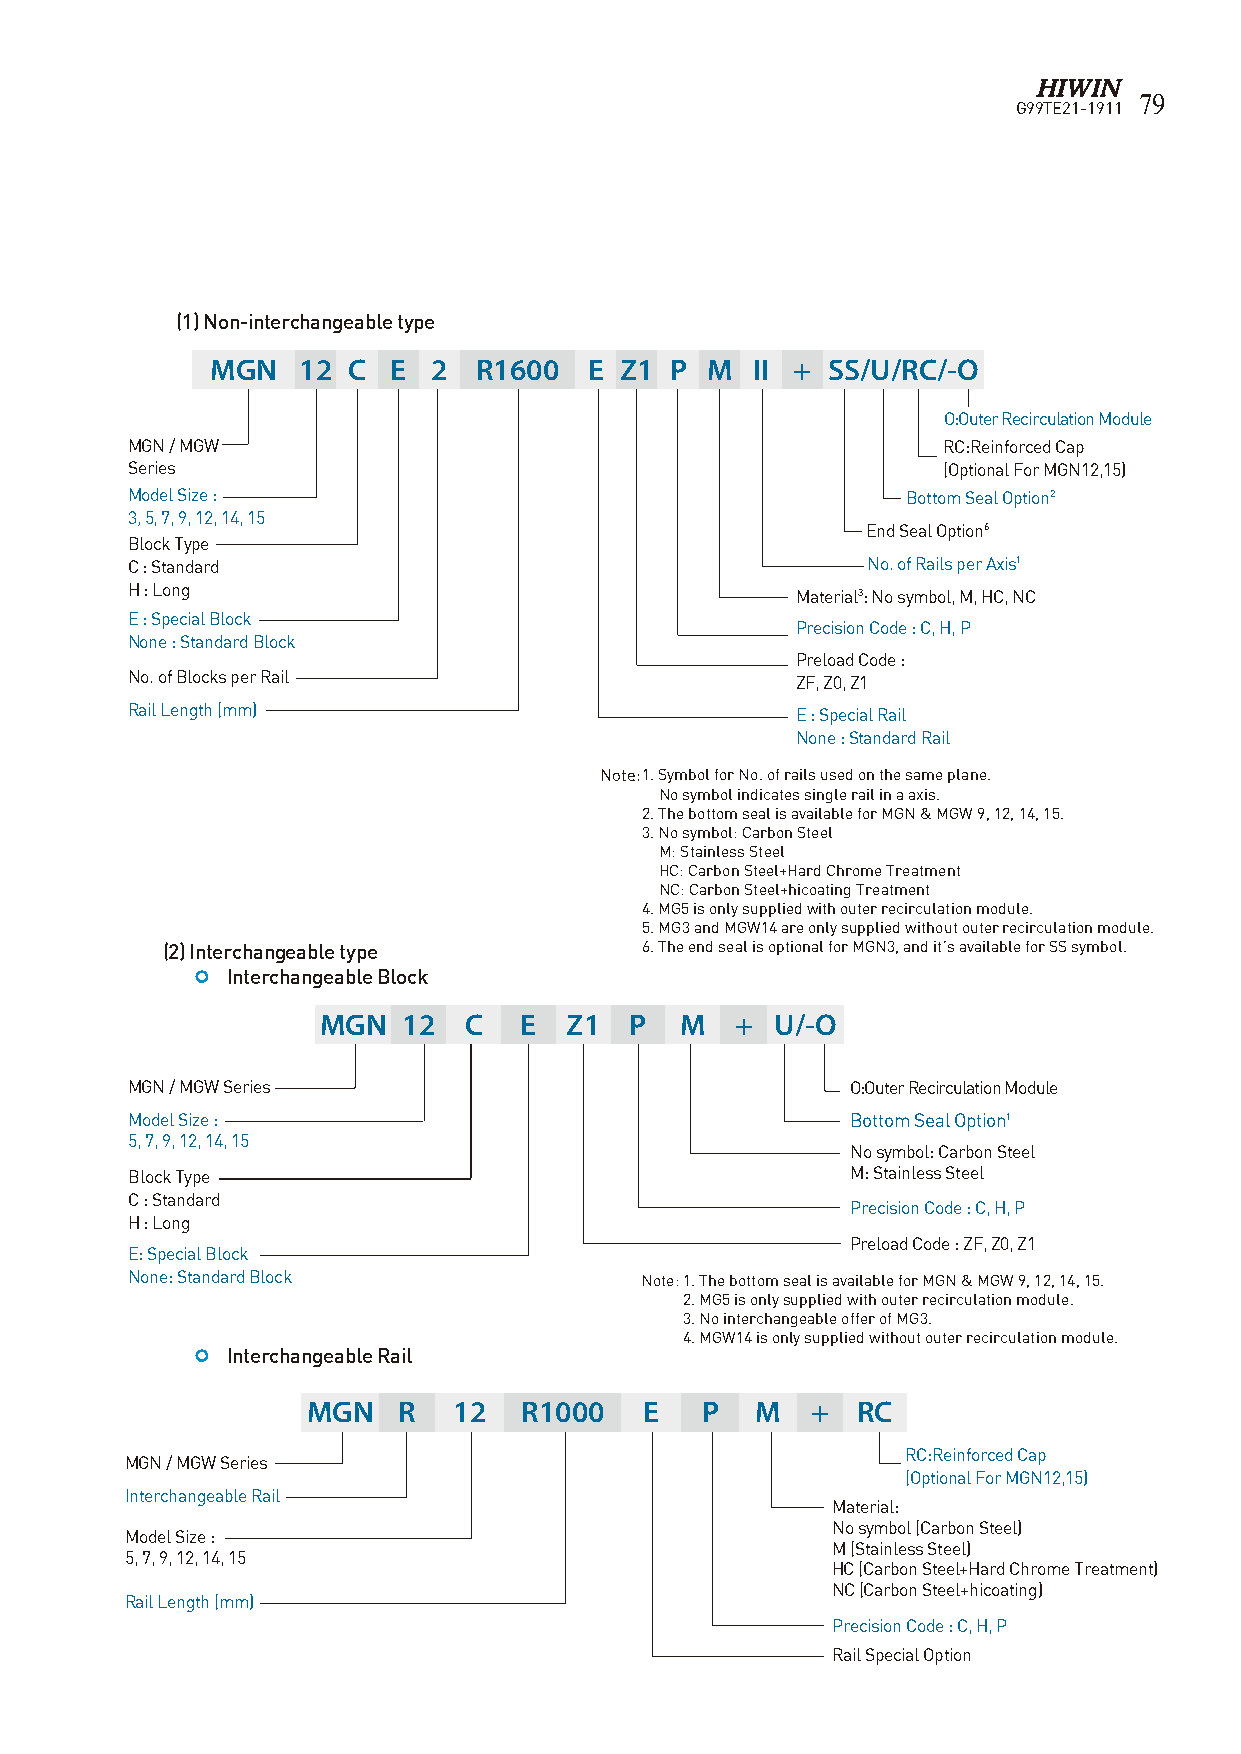
79
 G99TE21-1911
 (1) Non-interchangeable type
 MGN   12 C  E  2 R1600   E Z1 P  M  II + SS/U/RC/-O
 O:Outer Recirculation Module
 MGN / MGW                                             RC:Reinforced Cap
 Series                                                (Optional For MGN12,15)
 Model Size :                                        Bottom Seal Option2
 3, 5, 7, 9, 12, 14, 15
 End Seal Option6
 Block Type
 C : Standard                                     No. of Rails per Axis1
 H : Long                                     Material3: No symbol, M, HC, NC
 E : Special Block
 Precision Code : C, H, P
 None : Standard Block
 Preload Code :
 No. of Blocks per Rail                       ZF, Z0, Z1
 Rail Length (mm)                             E : Special Rail
 None : Standard Rail
 Note: 1. Symbol for No. of rails used on the same plane.
 No symbol indicates single rail in a axis.
 2. The bottom seal is available for MGN & MGW 9, 12, 14, 15.
 3. No symbol: Carbon Steel
 M: Stainless Steel
 HC: Carbon Steel+Hard Chrome Treatment
 NC: Carbon Steel+hicoating Treatment
 4. MG5 is only supplied with outer recirculation module.
 5. MG3 and MGW14 are only supplied without outer recirculation module.
 (2) Interchangeable type       6. The end seal is optional for MGN3, and it’s available for SS symbol.
  Interchangeable Block
 MGN   12  C  E  Z1   P  M   + U/-O
 MGN / MGW Series                                O:Outer Recirculation Module
 Model Size :                                    Bottom Seal Option1
 5, 7, 9, 12, 14, 15
 No symbol: Carbon Steel
 Block Type                                      M: Stainless Steel
 C : Standard
 Precision Code : C, H, P
 H : Long
 Preload Code : ZF, Z0, Z1
 E: Special Block
 None: Standard Block              Note: 1. The bottom seal is available for MGN & MGW 9, 12, 14, 15.
 2. MG5 is only supplied with outer recirculation module.
 3. No interchangeable offer of MG3.
 4. MGW14 is only supplied without outer recirculation module.
  Interchangeable Rail
 MGN   R   12  R1000    E  P   M   +  RC
 RC:Reinforced Cap
 MGN / MGW Series
 (Optional For MGN12,15)
 Interchangeable Rail
 Material:
 No symbol (Carbon Steel)
 Model Size :
 M (Stainless Steel)
 5, 7, 9, 12, 14, 15
 HC (Carbon Steel+Hard Chrome Treatment)
 NC (Carbon Steel+hicoating)
 Rail Length (mm)
 Precision Code : C, H, P
 Rail Special Option